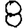
Digit: 8